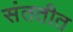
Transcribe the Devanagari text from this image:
संततीत